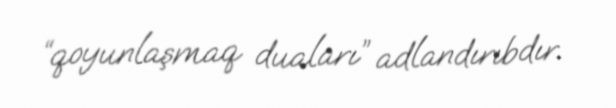
“qoyunlaşmaq duaları” adlandırıbdır.